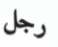
رجل